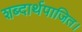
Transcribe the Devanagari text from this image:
शब्दार्थपाजित।